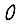
Digit: 0